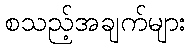
စသည့်အချက်များ